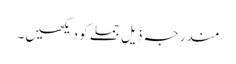
مندرجہ ذیل جملے کو دیکھیں۔